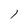
Character: l